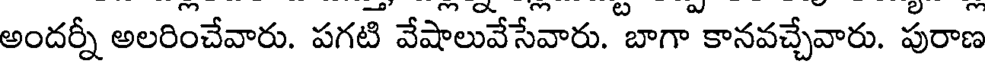
అందర్నీ అలరించేవారు. పగటి వేషాలువేసేవారు. బాగా కానవచ్చేవారు. పురాణ